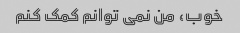
خوب، من نمی توانم کمک کنم